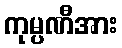
ကုမ္ပဏီအား